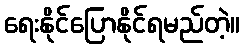
ရေးနိုင်ပြောနိုင်ရမည်တဲ့။